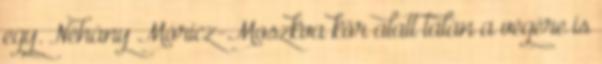
egy. Néhány Móricz-Moszkva kör alatt talán a végére is